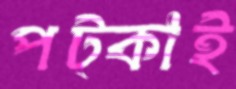
পট্‌কাই